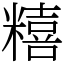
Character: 糦